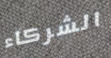
الشركاء